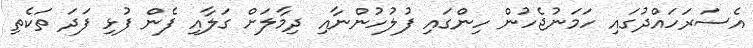
އެސަރަހައްދުގައި ހަމަނުޖެހުން ހިންގައި ފުލުހުންނާއި ދިމާލަށް ގަލާއި ފެން ފުޅި ފަދަ ތަކެތި